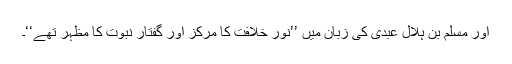
اور مسلم بن ہلال عبدی کی زبان میں ’’نور خلافت کا مرکز اور گفتارِ نبوت کا مظہر تھے‘‘۔